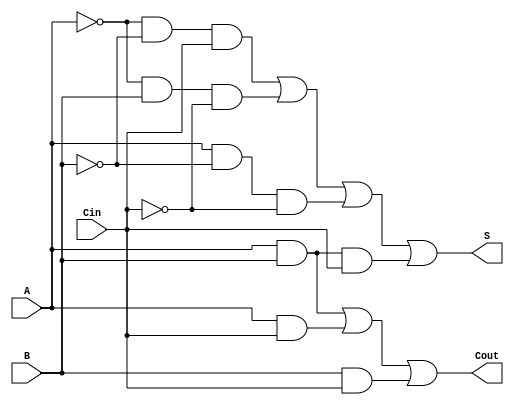
module add(
    input A,
    input B,
    input Cin,

    output S,
    output Cout
);

assign S=~A&~B&Cin|~A&B&~Cin|A&~B&~Cin|A&B&Cin;
assign Cout=A&B|A&Cin|B&Cin;

endmodule